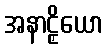
အနာဠှိယော